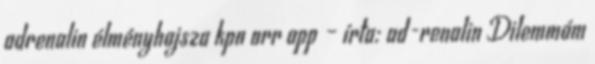
adrenalin élményhajsza kpn orr app – írta: ad-renalin Dilemmám